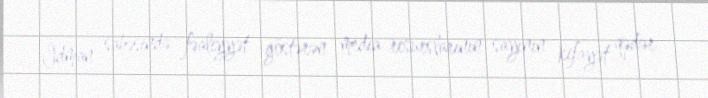
İdman sahəsində fəaliyyət göstərən media resurslarının sayının kifayət qədər